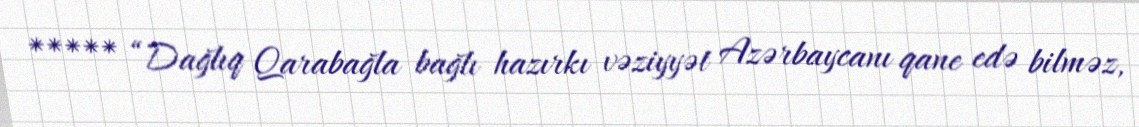
***** “Dağlıq Qarabağla bağlı hazırkı vəziyyət Azərbaycanı qane edə bilməz,